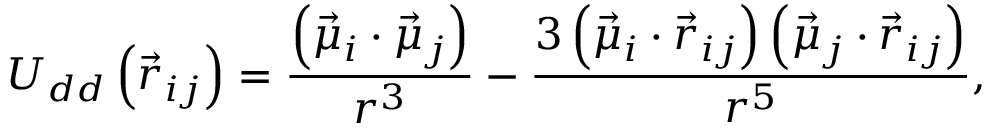
U _ { d d } \left( \vec { r } _ { i j } \right) = \frac { \left( \vec { \mu } _ { i } \cdot \vec { \mu } _ { j } \right) } { r ^ { 3 } } - \frac { 3 \left( \vec { \mu } _ { i } \cdot \vec { r } _ { i j } \right) \left( \vec { \mu } _ { j } \cdot \vec { r } _ { i j } \right) } { r ^ { 5 } } ,